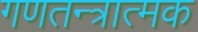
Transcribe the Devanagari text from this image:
गणतन्त्रात्मक